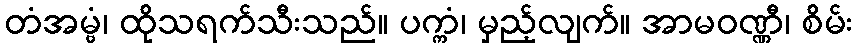
တံအမ္ဗံ၊ ထိုသရက်သီးသည်။ ပက္ကံ၊ မှည့်လျက်။ အာမဝဏ္ဏီ၊ စိမ်း